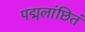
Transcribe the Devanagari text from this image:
पद्मलांछितं